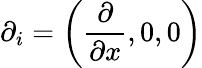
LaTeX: \displaystyle\partial_{i}=\left(\frac{\partial}{\partial x},0,0\right)